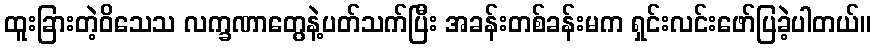
ထူးခြားတဲ့ဝိသေသ လက္ခဏာတွေနဲ့ပတ်သက်ပြီး အခန်းတစ်ခန်းမက ရှင်းလင်းဖော်ပြခဲ့ပါတယ်။